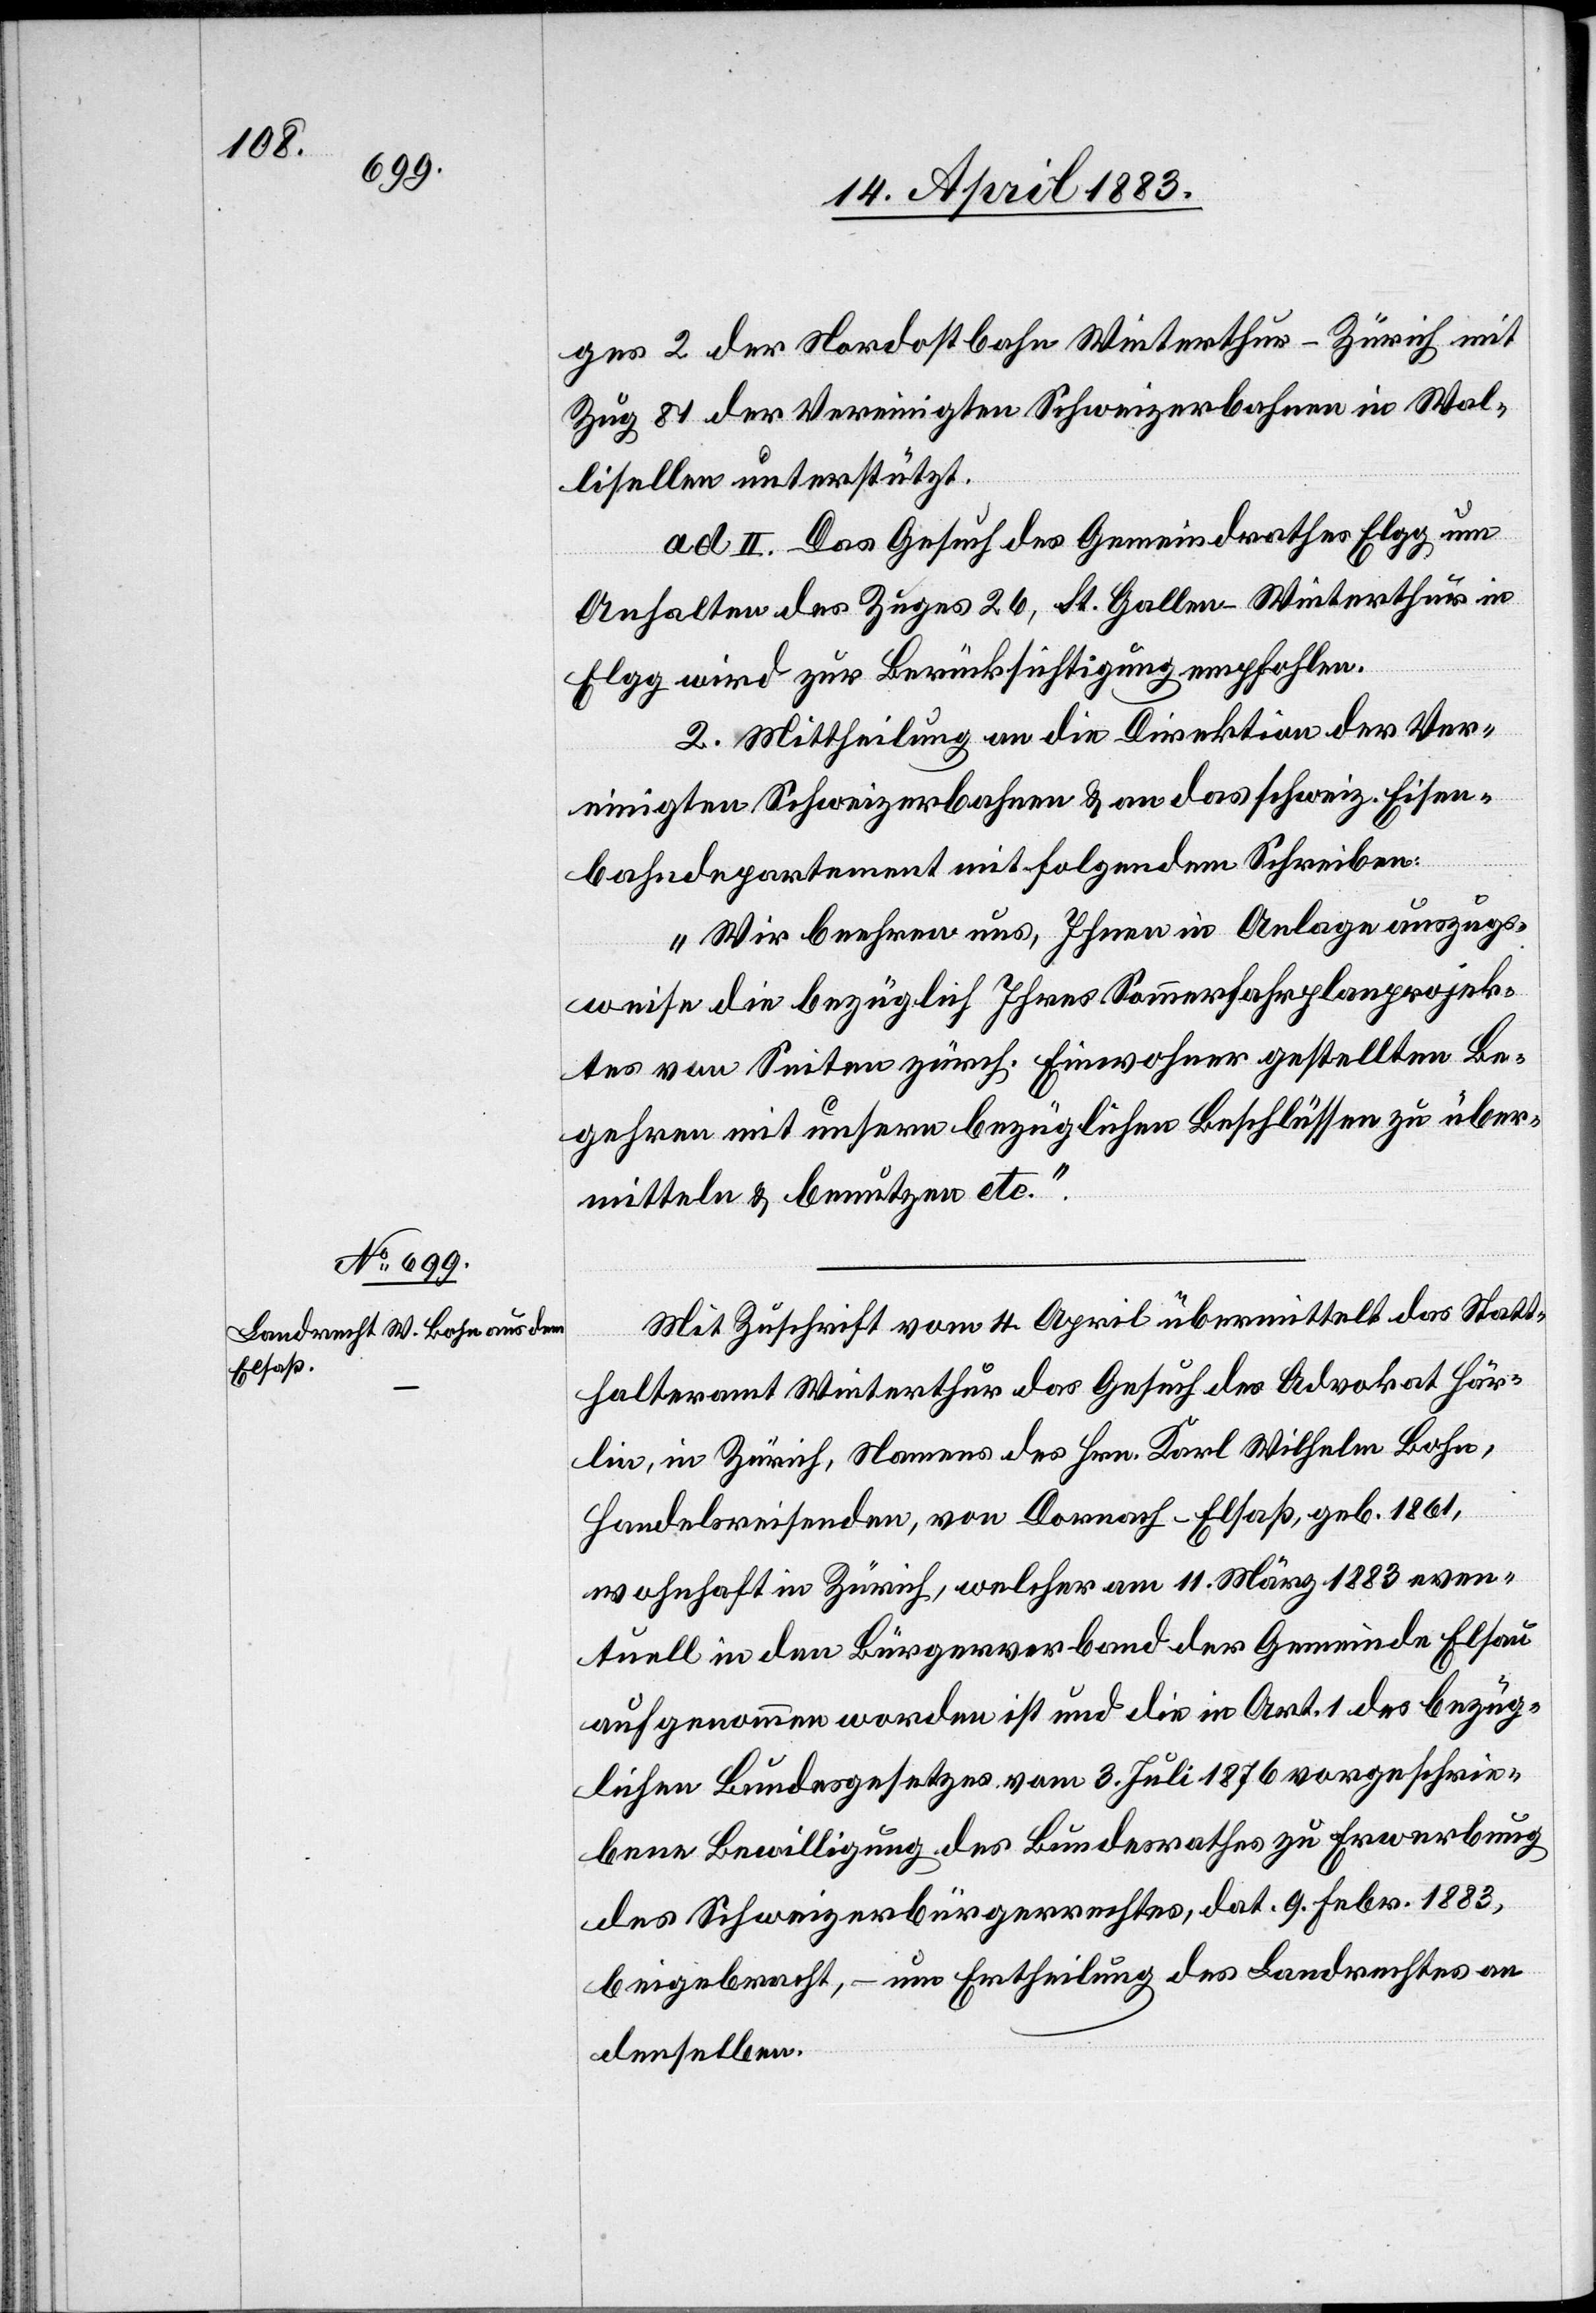
ges 2 der Nordostbahn Winterthur–Zürich mit
Zug 81 der Vereinigten Schweizerbahnen in Wal¬
lisellen unterstützt.
ad II. Das Gesuch des Gemeindrathes Elgg um
Anhalten des Zuges 26, St. Gallen–Winterthur in
Elgg wird zur Berücksichtigung empfohlen.
2. Mittheilung an die Direktion der Ver¬
einigten Schweizerbahnen & an das schweiz. Eisen¬
bahndepartement mit folgendem Schreiben:
„Wir beehren uns, Ihnen in Anlage auszugs¬
weise die bezüglich Ihres Sommerfahrplanprojek¬
tes von Seiten zürch. Einwohner gestellten Be¬
gehren mit unsern bezüglichen Beschlüssen zu über¬
mitteln & benutzen etc.“
Mit Zuschrift vom 4. April übermittelt das Statt¬
halteramt Winterthur das Gesuch des Advokat Här¬
lin, in Zürich, Namens des Hrn. Karl Wilhelm Bohn,
Handelsreisenden, von Dornach - Elsaß, geb. 1861,
wohnhaft in Zürich, welcher am 11. März 1883 even¬
tuell in den Bürgerverband der Gemeinde Elsau
aufgenommen worden ist und die in Art. 1 des bezüg¬
lichen Bundesgesetzes vom 3. Juli 1876 vorgeschrie¬
bene Bewilligung des Bundesrathes zu Erwerbung
des Schweizerbürgerrechtes, dat. 9. Febr. 1883,
beigebracht, – um Ertheilung des Landrechtes an
denselben.